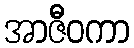
အာဇီဝကာ